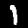
Digit: 1